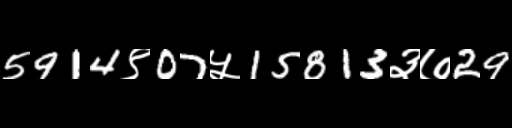
Text: 5914९07५15813३७29